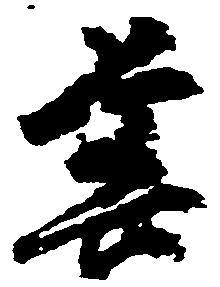
善